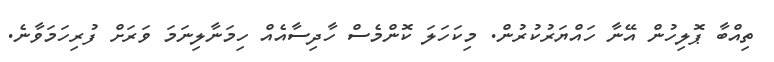
ތިއްބާ ޕޮލިހުން އޭނާ ހައްޔަރުކުރުން. މިކަހަލަ ކޮންމެސް ހާދިސާއެއް ހިމަނާލިނަމަ ވަރަށް ފުރިހަމަވާނެ.